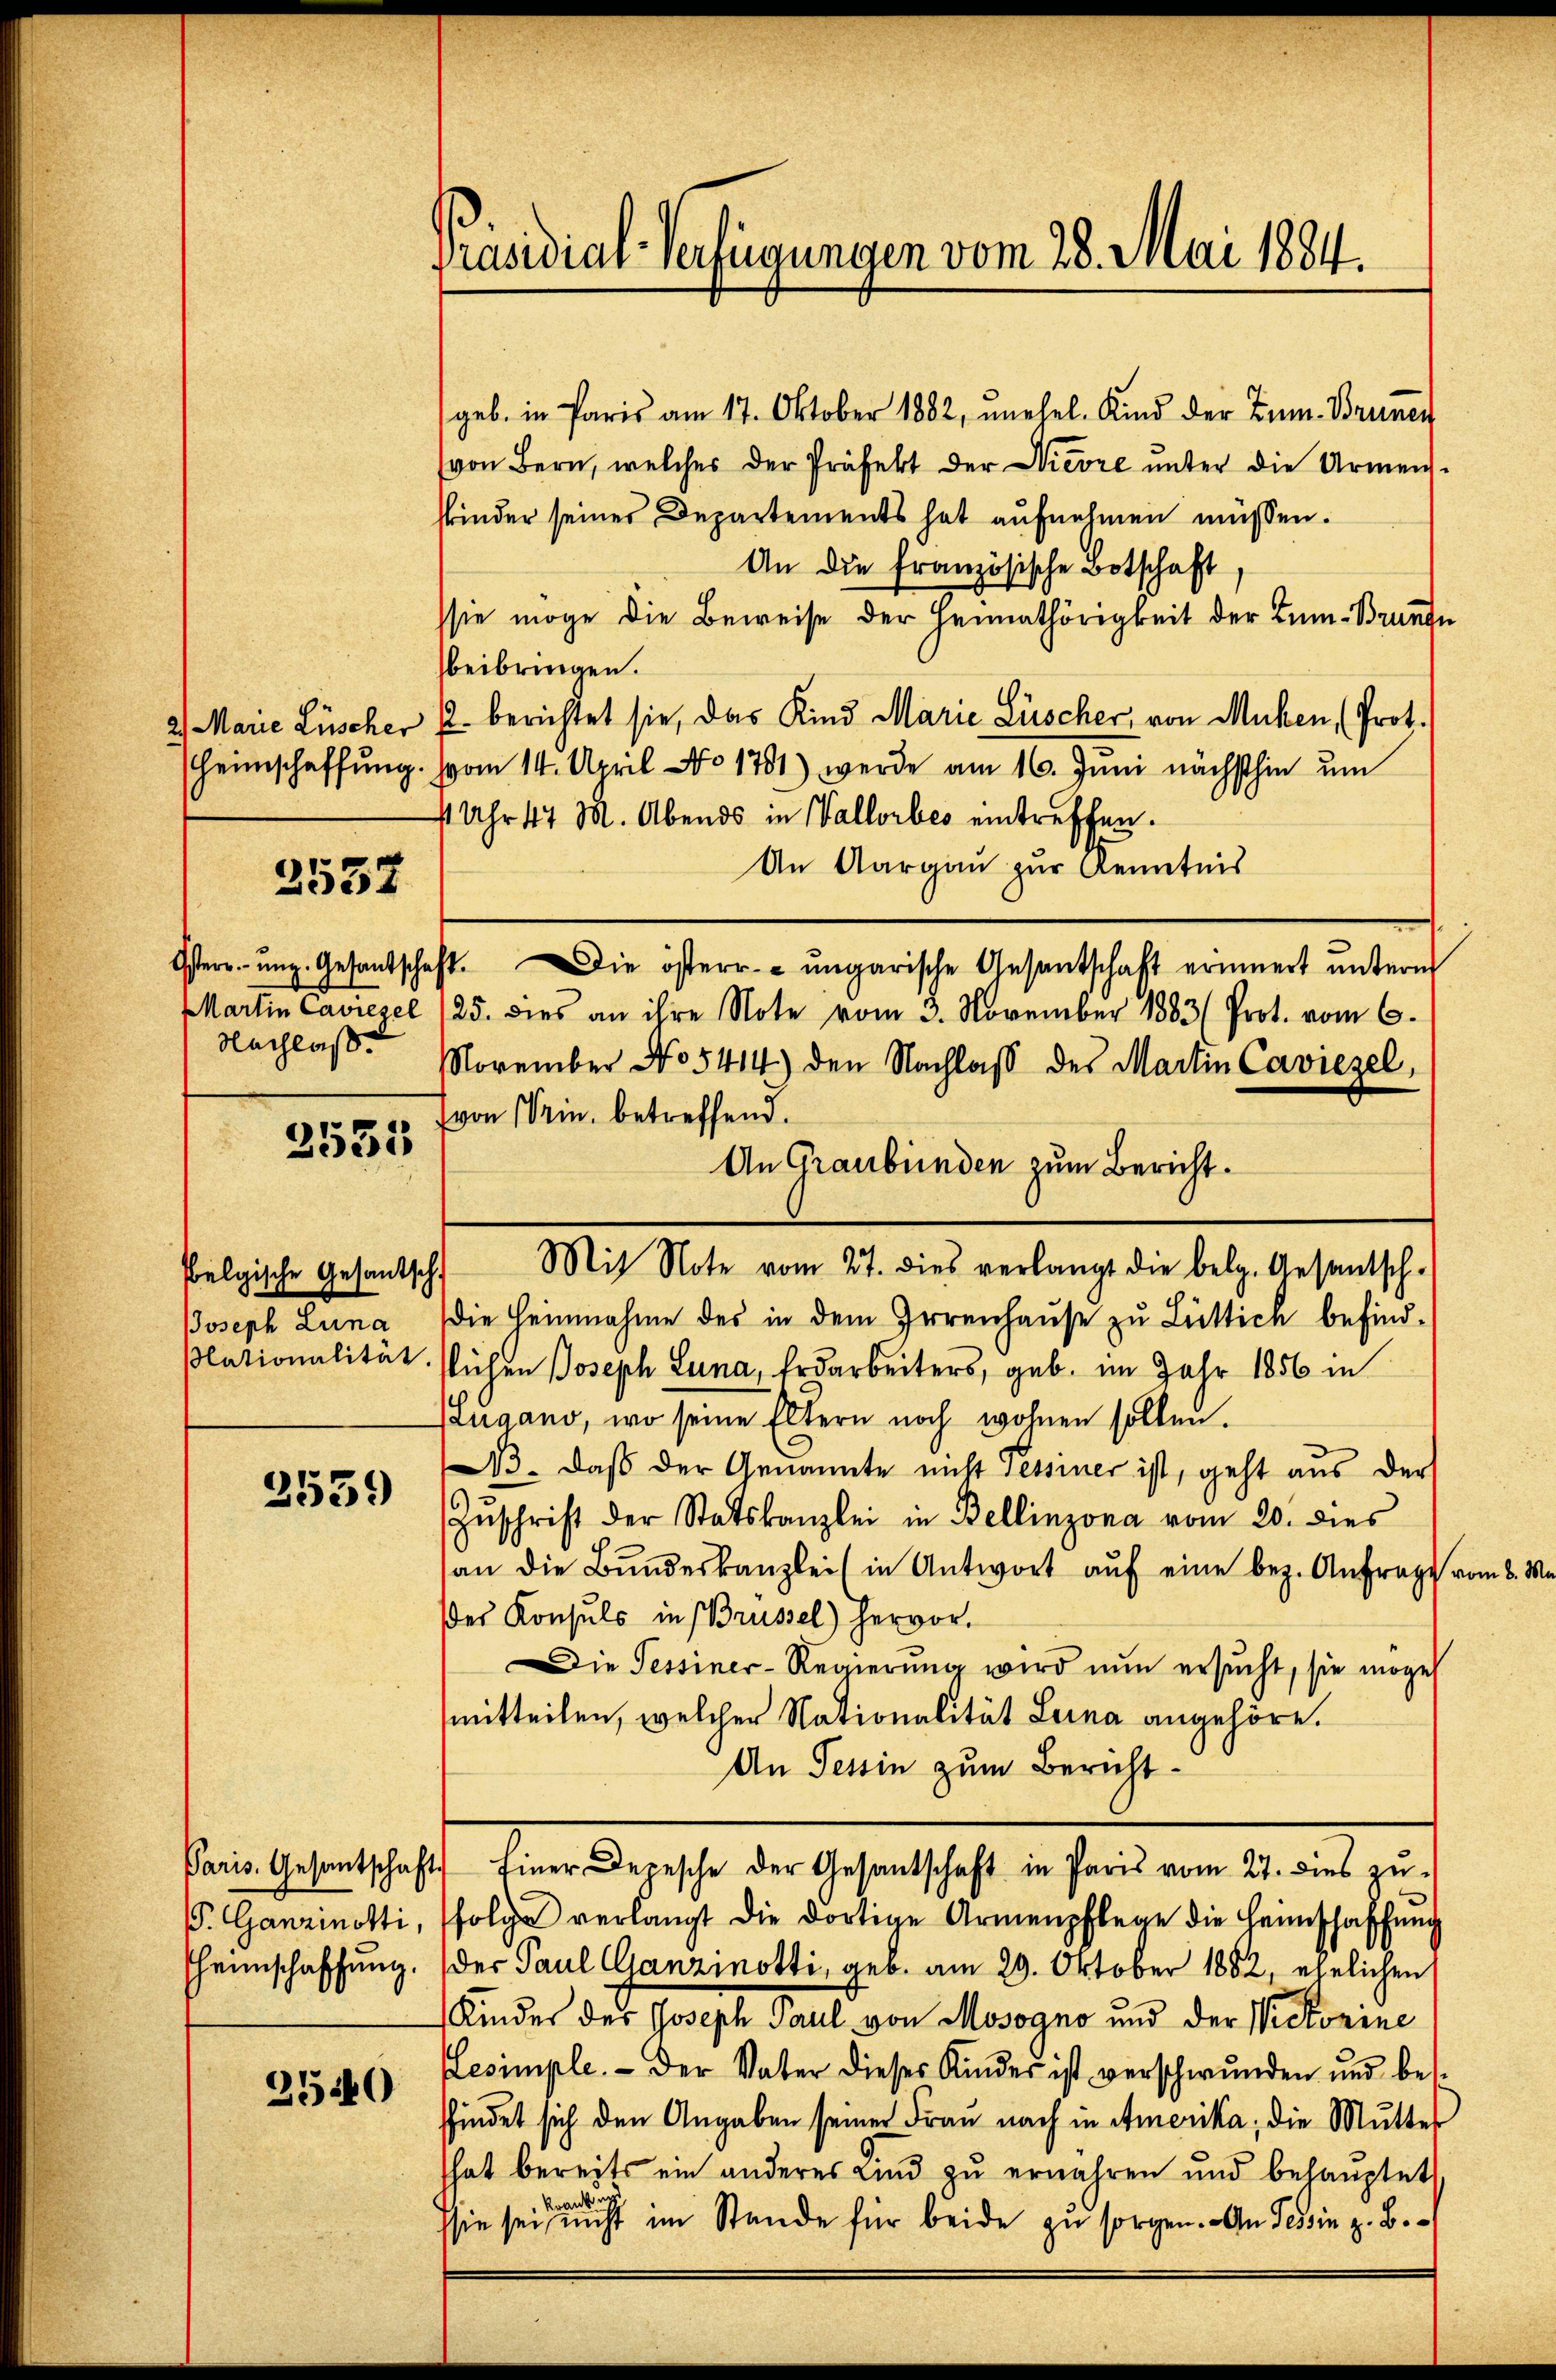
2) Marie Lüscher
heimschaffung.

2532

Martin Caviezel
Nachlaß.

2555

belgische Gesantsch
Joseph Lina
plationalität.

2559

/. Ganzinotti,
Heimschaffung.

2540

Präsidial-Verfügungen vom 28. Mai 1884.

geb. in Paris am 17. Oktober 1882, unehel. Kind der Zum-Brunen
von Bern, welches der Präfekt der Nievre unter die Armens-
skinder seiner Departements hat aufnehmen müssen.
An die französische Botschaft
sie möge die Beweise der Heimathörigkeit der Tum-Brunde
beibringen.
½. berichtet sie, das Kind Marie Lüscher, von Mühen (Prot.
vom 14. April No 1781) werde am 16. Juni nächsthin um
4 Uhr 47 M. Abends in Vallorbes eintreffen.
An Aargau zur Kenntnis
Osterr. ŭnt. Gesandschaft. Die österr. ungarische Ansantschaft erinnert ŭnterm
25. dies an ihre Note vom 3. November 1883 (Prot. vom 6.
November No 5414) den Nachlaß des Martin Caviezel,
(von in betreffend.
An Graubünden zum Bericht.
Mit Note vom 21. dies verlangt die belg. Gesandtsch-
die Heinnahme des in dem Irrenhause zu Lüttich befindslichen Joseph Lana, Erdarbeiters, geb. im Jahr 1856 in
zugano, wo seine Eltern noch wohnen sollen.
A. daß der Genannte nicht Tessiner ist, geht aus der
Zŭschrift der Statskanzlei in Bellinzona vom 20. dies
an die Bŭndeskanzlei (in Antwort aŭf eine bez. Anfrage
des Konsuls in Brüssel) hervor.
Die Tessiner-Regierung wird nun ersucht, sie möge
mitteilen, welcher Nationalität Leina angehöre.
An Tessin zum Bericht¬
Paris. Gesantschaft Einer Depesche der Gesantschaft in Paris vom 27. dies zu-
folge verlangt die dortige Armenpflege die Heimschaffŭng
der Paul Canzinotti, geb. am 29. Oktober 1882, ehelichen
Kindes der Joseph Paul von Mosogno und der Victorine
Lesimple.- Der Vater dieses Kinder ist verschwunden und bes
sfindet sich den Angaben seiner Frau nach in Amerika, die Mutter
hat bereits ein anderes Kind zu erwahren und behauptet
a
sie sei nicht im Stande für beide zu sorgen. An Tessin z. B.

om 8. M